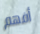
أفهم